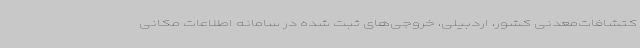
کتشافات‌معدنی کشور، اردبیلی، خروجی‌های ثبت شده در سامانه اطلاعات مکانی